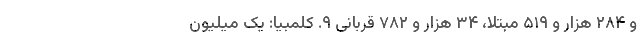
و ۲۸۴ هزار و ۵۱۹ مبتلا، ۳۴ هزار و ۷۸۲ قربانی ۹. کلمبیا: یک میلیون